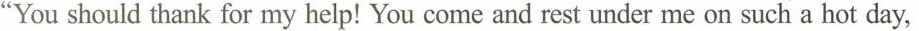
"You should thank for my help! You come and rest under me on such a hot day,